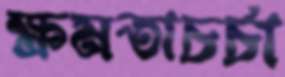
ক্ষমতাচর্চা